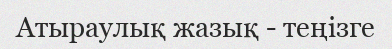
Атыраулық жазық - теңізге